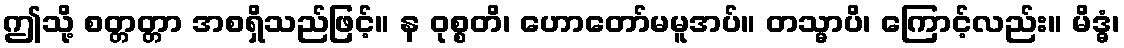
ဤသို့ စတ္တတ္တာ အစရှိသည်ဖြင့်။ န ဝုစ္စတိ၊ ဟောတော်မမူအပ်။ တသ္မာပိ၊ ကြောင့်လည်း။ မိဒ္ဓံ၊